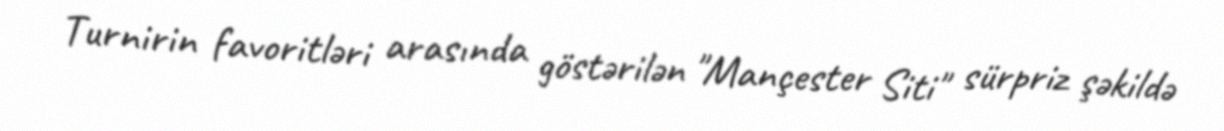
Turnirin favoritləri arasında göstərilən "Mançester Siti" sürpriz şəkildə